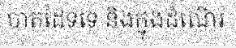
បាតដៃទទេ និងក្នុងដំណើរ